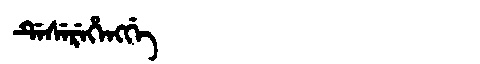
Manchu: ᡩᡝᠰᡝᡵᡝᡥᡝᠩᡤᡝ
Romanization: DESEREHENGGE